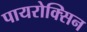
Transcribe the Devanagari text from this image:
पायरोक्सिन